system: You are a helpful assistant.
user:
Analyze the provided spectrum to determine if it is a **S-type Star**.

- **Key Indicators for S-type Star:**

    - **(Overall Spectrum Shape):** The first and most obvious characteristic is the overall continuum (the "baseline" shape). It is **extremely "red-sloping,"** meaning the flux (light intensity) is very low on the left side (blue, ~4000-4500 Å) and rises steeply and continuously toward the right side (red, ~7000 Å+).

    - **(Primary):** The spectrum is defined by the presence of strong, broad molecular absorption "valleys" (bands) from **Zirconium Oxide (ZrO)**. The identification of these bands is the **primary requirement** for classifying a star as S-type.
        - **(Key Bandheads):** You must find distinct, deep "dips" where the light has been absorbed. The most critical band systems to locate are:
            - **~6474 Å** ($\gamma$-system): This is often the strongest and clearest ZrO feature, found in the red part of the spectrum.
            - **~5718 Å** & **~5551 Å** ($\beta$-system): A pair of prominent absorption features in the yellow-orange part of the spectrum.
            - **~4640 Å** ($\alpha$-system): A key absorption band system in the blue-green region of the spectrum.

    - **(Secondary Confirmation):** The classification is strengthened by finding additional absorption bands from other related heavy element oxides, which are expected to be present alongside ZrO.
        - **(Key Bandheads):**
            - **Yttrium Oxide (YO):** Look for absorption dips near **~4800 Å** and **~6100 Å**.
            - **Lanthanum Oxide (LaO):** Additional absorption features, particularly in the red-orange part of the spectrum, are also characteristic.

    - **(Line Profile):** The combination of the steep red continuum and these numerous, deep molecular bands (ZrO, YO, etc.) gives the entire spectrum a very **"chopped-up"** or **"bumpy"** appearance. Instead of a smooth curve, the spectrum looks as though large, wide chunks of light have been "carved out" of it at the specific wavelengths listed above.

Think first, call **spectral_visualization_tool** if needed to examine features in detail, then provide your final answer. Your response must adhere to the following strict rules:
1.  **Overall Structure:** Your response must follow the format `<think>...</think> <tool_call>...</tool_call> (if a tool is used) <answer>...</answer>`.
2.  **Tool Usage Constraint:** You may only make **one** tool call per turn.
3.  **Final Answer Format:** In the `<answer>` tag, your conclusion must be inside a `\boxed{}` command (e.g., `\boxed{YES}` or `\boxed{NO}`), followed by your justification.

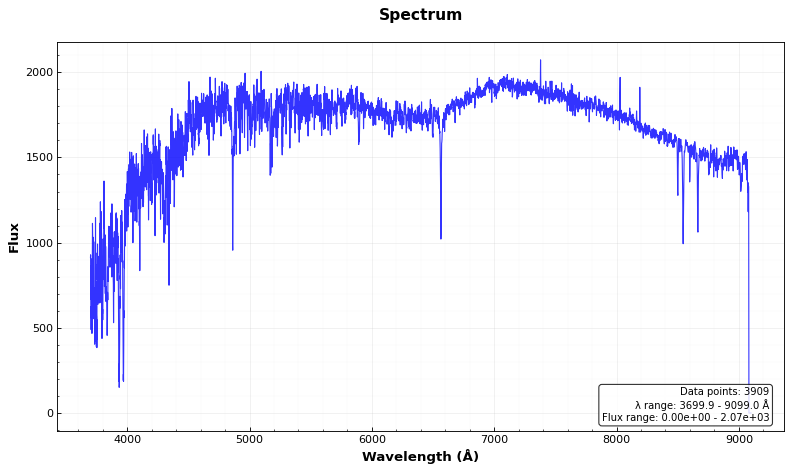
Answer: NO